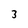
Character: 3